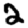
Digit: 2